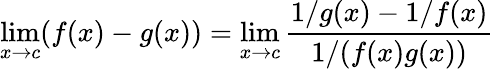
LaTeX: \operatorname*{lim}_{x\to c}(f(x)-g(x))=\operatorname*{lim}_{x\to c}{\frac{1/g(x)-1/f(x)}{1/(f(x)g(x))}}